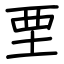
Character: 垔